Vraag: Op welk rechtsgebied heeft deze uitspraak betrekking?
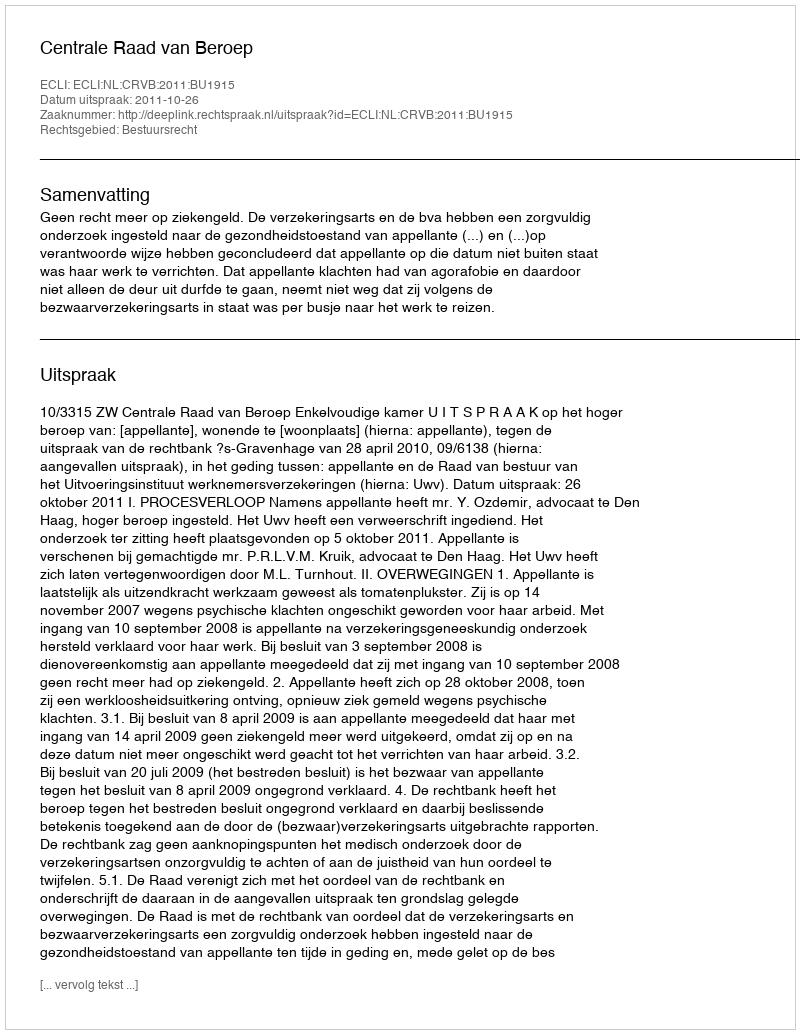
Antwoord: Bestuursrecht